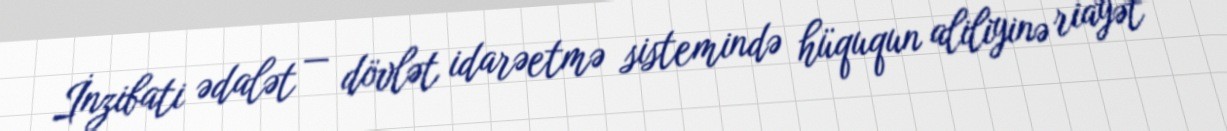
İnzibati ədalət — dövlət idarəetmə sistemində hüququn aliliyinə riayət